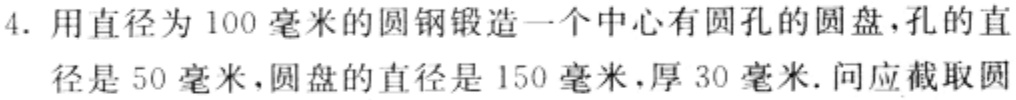
4. 用直径为 100 毫米的圆钢锻造一个中心有圆孔的圆盘，孔的直径是 50 毫米，圆盘的直径是 150 毫米，厚 30 毫米. 问应截取圆